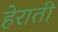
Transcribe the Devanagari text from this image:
हेराती